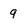
Character: q